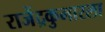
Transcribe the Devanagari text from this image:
राजेंद्रकुमारला